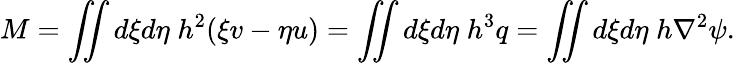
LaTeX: M=\iint d\xi d\eta\; h^{2}(\xi v-\eta u)=\iint d\xi d\eta\; h^{3}q=\iint d\xi d\eta\; h\nabla^{2}\psi.